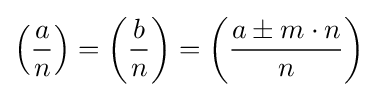
\left({\frac {a}{n}}\right)=\left({\frac {b}{n}}\right)=\left({\frac {a\pm m\cdot n}{n}}\right)